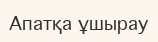
Апатқа ұшырау